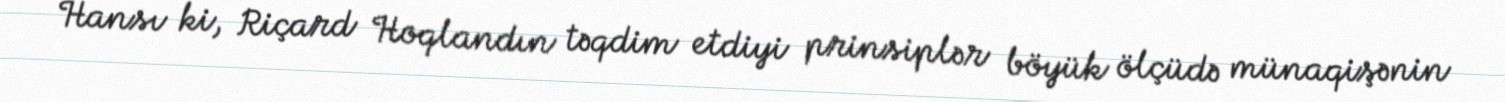
Hansı ki, Riçard Hoqlandın təqdim etdiyi prinsiplər böyük ölçüdə münaqişənin